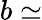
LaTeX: b\simeq